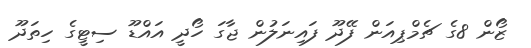
ޒޯން 8ގެ ޗެމްޕިއަން ފޭދޫ ފައިނަލުން ޖާގަ ހޯދީ އައްޑޫ ސިޓީގެ ހިތަދޫ